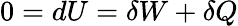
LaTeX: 0=dU=\delta W+\delta Q